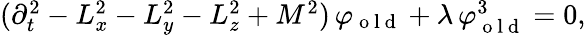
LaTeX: \begin{array}{r}{(\partial_{t}^{2}-L_{x}^{2}-L_{y}^{2}-L_{z}^{2}+M^{2})\, \varphi_{\mathrm{~o~l~d~}}+\lambda\, \varphi_{\mathrm{~o~l~d~}}^{3}=0,}\end{array}